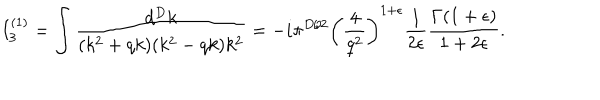
LaTeX: I _ { 3 } ^ { ( 1 ) } = \int \frac { d ^ { D } k } { ( k ^ { 2 } + q k ) ( k ^ { 2 } - q k ) k ^ { 2 } } = - i \pi ^ { D / 2 } \left( \frac { 4 } { q ^ { 2 } } \right) ^ { 1 + \epsilon } \frac { 1 } { 2 \epsilon } \frac { \Gamma ( 1 + \epsilon ) } { 1 + 2 \epsilon } .